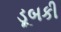
ડૂબકી